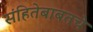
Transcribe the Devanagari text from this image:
संहितेबाबतचे